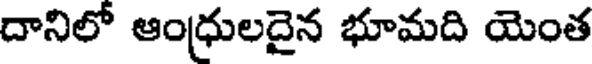
దానిలో ఆంధ్రులదైన భూమది యెంత